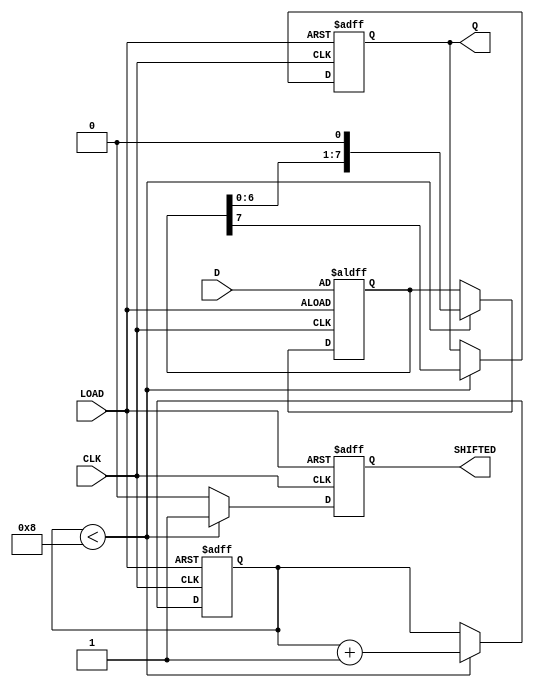
module PISO_Register (
    input wire [7:0] D,      // 8-bit data input
    input wire LOAD,         // Load control signal
    input wire CLK,          // Clock signal
    output reg Q,            // Serial output
    output reg SHIFTED       // Signal indicating data is shifted out
);

    reg [7:0] shift_reg;     // Internal shift register
    reg [3:0] bit_count;     // Counter for shifted bits

    always @(posedge CLK or posedge LOAD) begin
        if (LOAD) begin
            // Load data into the shift register
            shift_reg <= D;
            Q <= 1'b0; // Set Q to low during loading
            bit_count <= 4'b0000; // Reset bit counter
            SHIFTED <= 1'b0; // Clear SHIFTED signal
        end else if (bit_count < 4'b1000) begin
            // Shift out data when LOAD is low
            Q <= shift_reg[7]; // Output the MSB
            shift_reg <= {shift_reg[6:0], 1'b0}; // Shift left
            bit_count <= bit_count + 1; // Increment bit counter
            SHIFTED <= 1'b1; // Indicate data shifted
        end else begin
            // When all bits are shifted out, keep the last output
            SHIFTED <= 1'b0; // No more shifting
        end
    end

endmodule